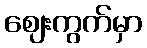
ဈေးကွက်မှာ